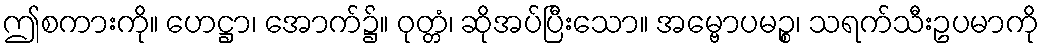
ဤစကားကို။ ဟေဋ္ဌာ၊ အောက်၌။ ဝုတ္တံ၊ ဆိုအပ်ပြီးသော။ အမ္ဗောပမဉ္စ၊ သရက်သီးဥပမာကို